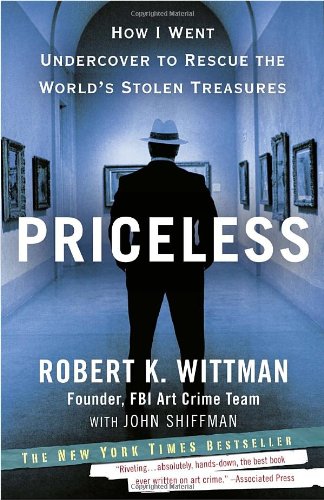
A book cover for Priceless: How I Went Undercover to Rescue the World's Stolen Treasures; Robert K. Wittman; Politics & Social Sciences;